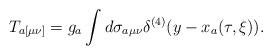
\begin{align*}T_{a[\mu\nu]}=g_a\int d\sigma_{a\mu\nu}\delta^{(4)}(y-x_a(\tau,\xi)).\end{align*}